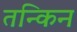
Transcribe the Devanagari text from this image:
तन्किन